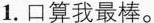
1. 口算我最棒。